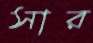
সার